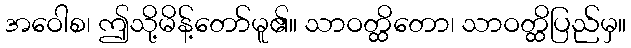
အဝေါစ၊ ဤသို့မိန့်တော်မူ၏။ သာဝတ္ထိတော၊ သာဝတ္ထိပြည်မှ။